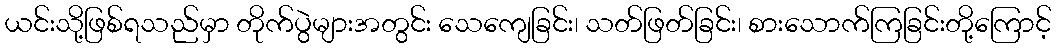
ယင်းသို့ဖြစ်ရသည်မှာ တိုက်ပွဲများအတွင်း သေကျေခြင်း၊ သတ်ဖြတ်ခြင်း၊ စားသောက်ကြခြင်းတို့ကြောင့်